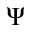
\Psi